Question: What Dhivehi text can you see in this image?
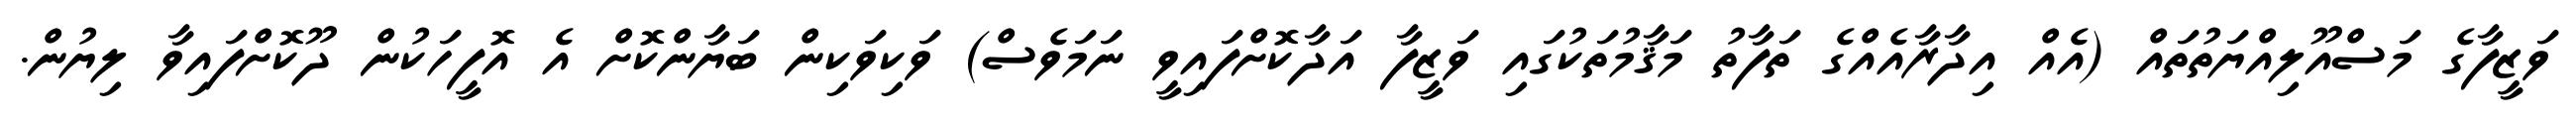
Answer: ވަޒީފާގެ މަސްއޫލިއްޔަތުތައް (އެއް އިދާރާއެއްގެ ތަފާތު މަޤާމުތަކުގައި ވަޒީފާ އަދާކޮށްފައިވީ ނަމަވެސް) ވަކިވަކިން ބަޔާންކޮށް އެ އޮފީހަކުން ދޫކޮށްފައިވާ ލިޔުން.